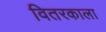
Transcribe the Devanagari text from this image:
वितरकाला